Scottish Leaving Certificate Examination, 1959
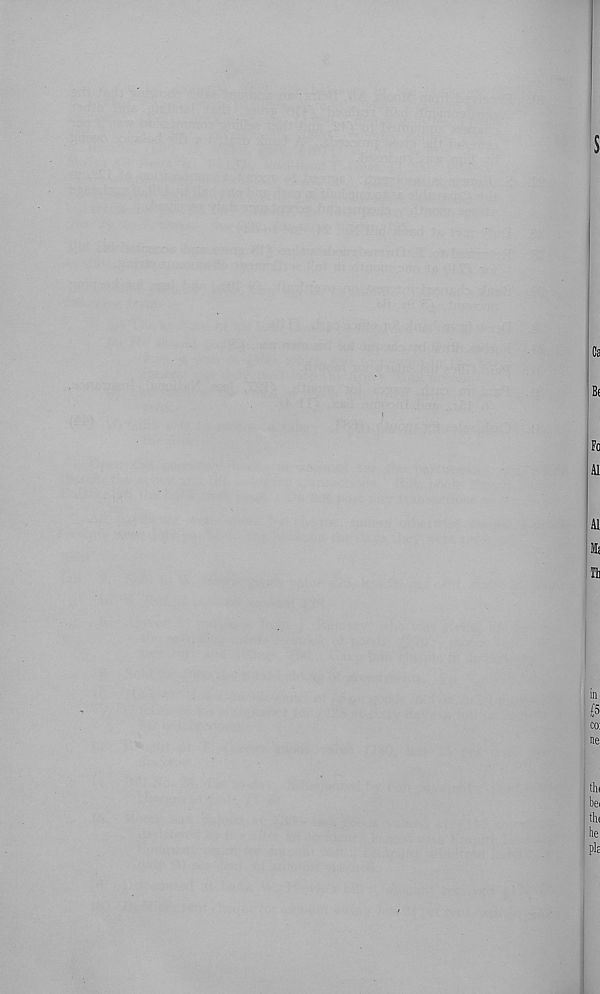
$
Ca
Bf
Fo
A1
Al:
Mi
a
in
&
co:
ne
tin
bei
tin
he
pla